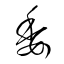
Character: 委